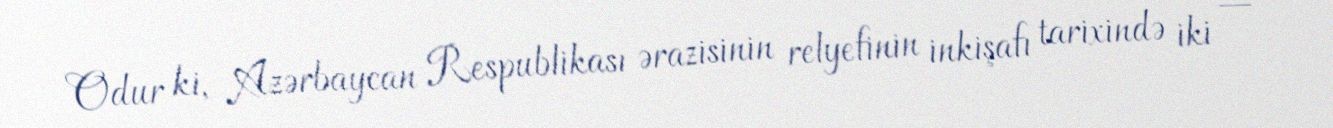
Odur ki, Azərbaycan Respublikası ərazisinin relyefinin inkişafı tarixində iki —